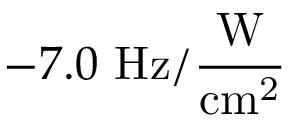
- 7 . 0 ~ \mathrm { H z / \frac { W } { c m ^ { 2 } } }